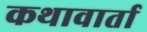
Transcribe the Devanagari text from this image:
कथावार्ता